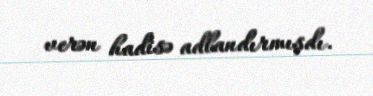
verən hadisə adlandırmışdı.